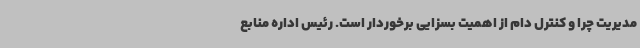
مدیریت چرا و کنترل دام از اهمیت بسزایی برخوردار است. رئیس اداره منابع